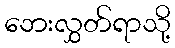
ဘေးလွှတ်ရာသို့